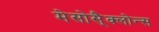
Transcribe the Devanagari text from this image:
मेसोसै्क्लोन्स